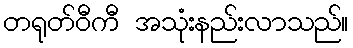
တရုတ်ဝီကီ အသုံးနည်းလာသည်။